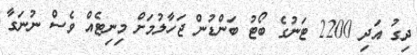
ދިގު އަދި 2200 ޓަނުގެ ބޯޓު ބަންޑުން ޖަހާލުމަށް މިނިޓެއް ވެސް ނުނަގާ